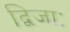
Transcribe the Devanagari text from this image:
द्विजाः